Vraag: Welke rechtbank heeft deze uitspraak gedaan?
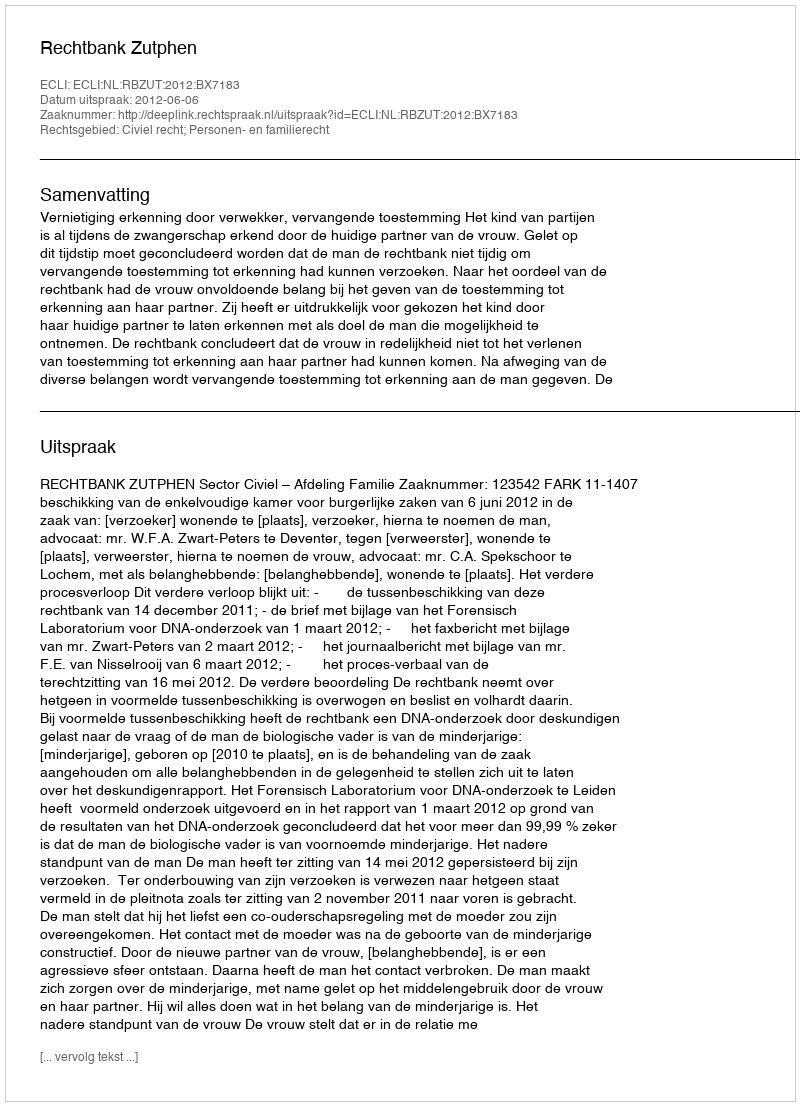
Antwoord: Rechtbank Zutphen